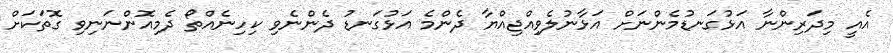
އެއީ މިދަރިންނާ އަޅުގަނޑުމެންނަށް އަޅާނުލެވިއްޖިއްޔާ ދެންމެ އަޅުގަނޑު ދެންނެވި ކިހިނެއްތޯ ދެމިއޮންނަނިވި ގޮތަކަށް